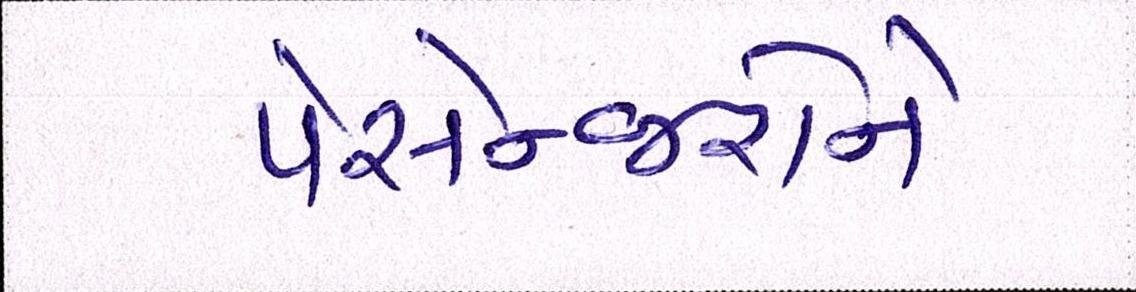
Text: પેસેન્જરોને